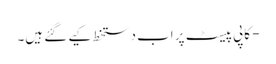
- کاپی پیسٹ پر اب دستخط کیے گئے ہیں۔